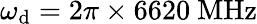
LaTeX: \omega_{\mathrm{d}}=2\pi\times6620~\mathrm{{MHz}}